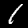
Digit: 1